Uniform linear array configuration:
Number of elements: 12
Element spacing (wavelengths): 1
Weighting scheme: hann
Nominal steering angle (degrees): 30
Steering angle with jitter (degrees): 30.257
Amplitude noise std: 0.05
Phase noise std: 0.05

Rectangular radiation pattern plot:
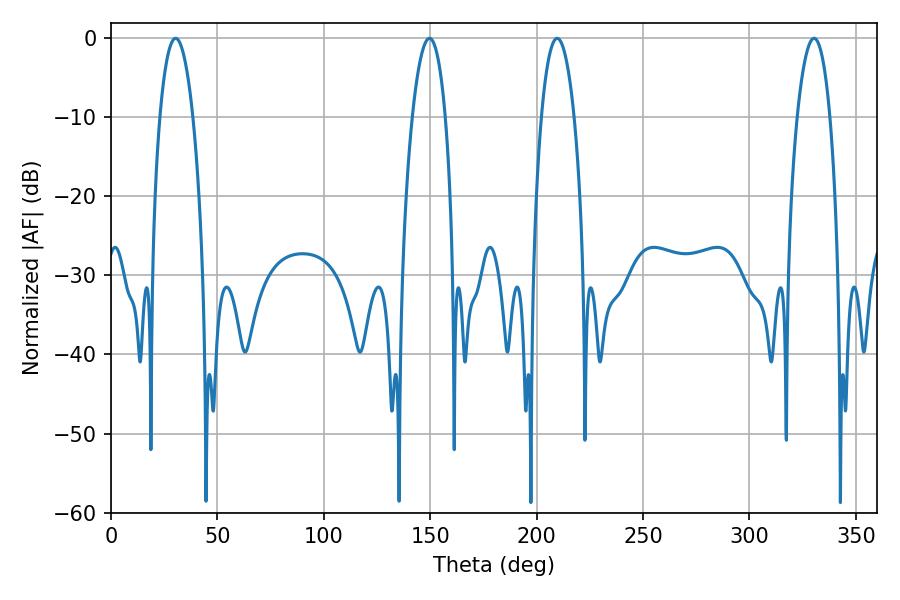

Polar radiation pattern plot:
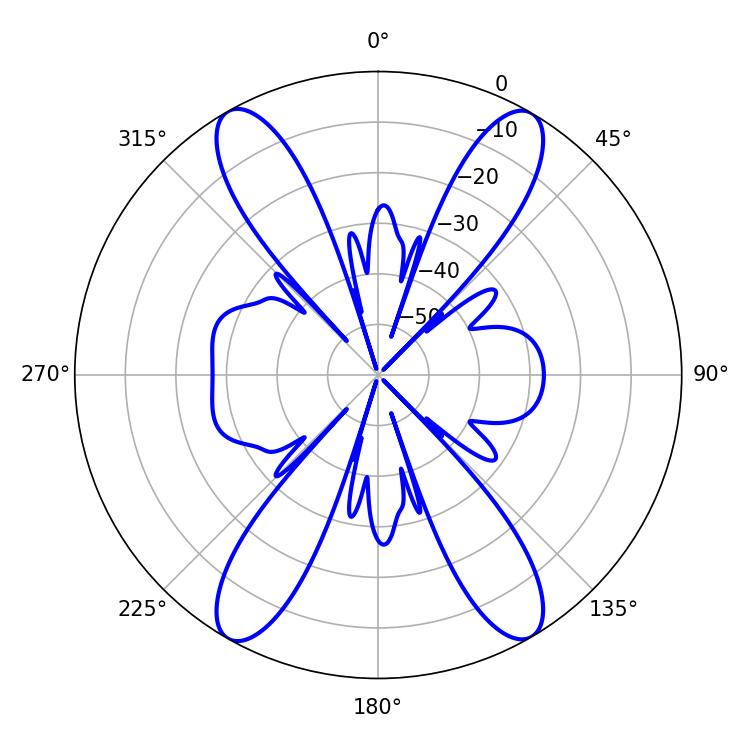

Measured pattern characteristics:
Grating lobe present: TRUE
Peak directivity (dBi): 26.796
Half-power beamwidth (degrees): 8.64
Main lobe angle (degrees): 209.7